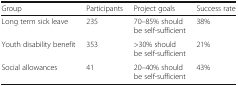
<table><thead><tr><td><b>Group</b></td><td><b>Participants</b></td><td><b>Project goals</b></td><td><b>Success rate</b></td></tr></thead><tbody><tr><td>Long term sick leave</td><td>235</td><td>70–85% should be self-sufficient</td><td>38%</td></tr><tr><td>Youth disability benefit</td><td>353</td><td>&gt;30% should be self-sufficient</td><td>21%</td></tr><tr><td>Social allowances</td><td>41</td><td>20–40% should be self-sufficient</td><td>43%</td></tr></tbody></table>